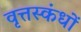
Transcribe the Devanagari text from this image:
वृत्तस्कंधों